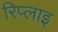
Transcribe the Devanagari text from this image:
रिप्लाइ